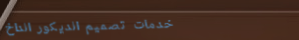
خدمات تصميم الديكور الداخ